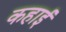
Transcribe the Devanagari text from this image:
कहाई